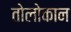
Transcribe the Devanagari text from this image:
तोलोकान